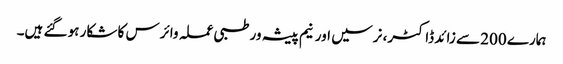
ہمارے 200 سے زائد ڈاکٹر، نرسیں اور نیم پیشہ ور طبی عملہ وائرس کا شکار ہو گئے ہیں۔